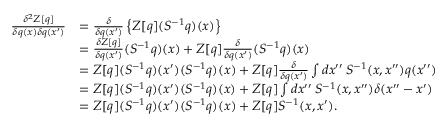
\begin{array} { r l } { \frac { \delta ^ { 2 } Z [ q ] } { \delta q ( x ) \delta q ( x ^ { \prime } ) } } & { = \frac { \delta } { \delta q ( x ^ { \prime } ) } \left\{ Z [ q ] ( S ^ { - 1 } q ) ( x ) \right\} } \\ & { = \frac { \delta Z [ q ] } { \delta q ( x ^ { \prime } ) } ( S ^ { - 1 } q ) ( x ) + Z [ q ] \frac { \delta } { \delta q ( x ^ { \prime } ) } ( S ^ { - 1 } q ) ( x ) } \\ & { = Z [ q ] ( S ^ { - 1 } q ) ( x ^ { \prime } ) ( S ^ { - 1 } q ) ( x ) + Z [ q ] \frac { \delta } { \delta q ( x ^ { \prime } ) } \int d x ^ { \prime \prime } \: S ^ { - 1 } ( x , x ^ { \prime \prime } ) q ( x ^ { \prime \prime } ) } \\ & { = Z [ q ] ( S ^ { - 1 } q ) ( x ^ { \prime } ) ( S ^ { - 1 } q ) ( x ) + Z [ q ] \int d x ^ { \prime \prime } \: S ^ { - 1 } ( x , x ^ { \prime \prime } ) \delta ( x ^ { \prime \prime } - x ^ { \prime } ) } \\ & { = Z [ q ] ( S ^ { - 1 } q ) ( x ^ { \prime } ) ( S ^ { - 1 } q ) ( x ) + Z [ q ] S ^ { - 1 } ( x , x ^ { \prime } ) . } \end{array}